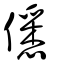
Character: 僁